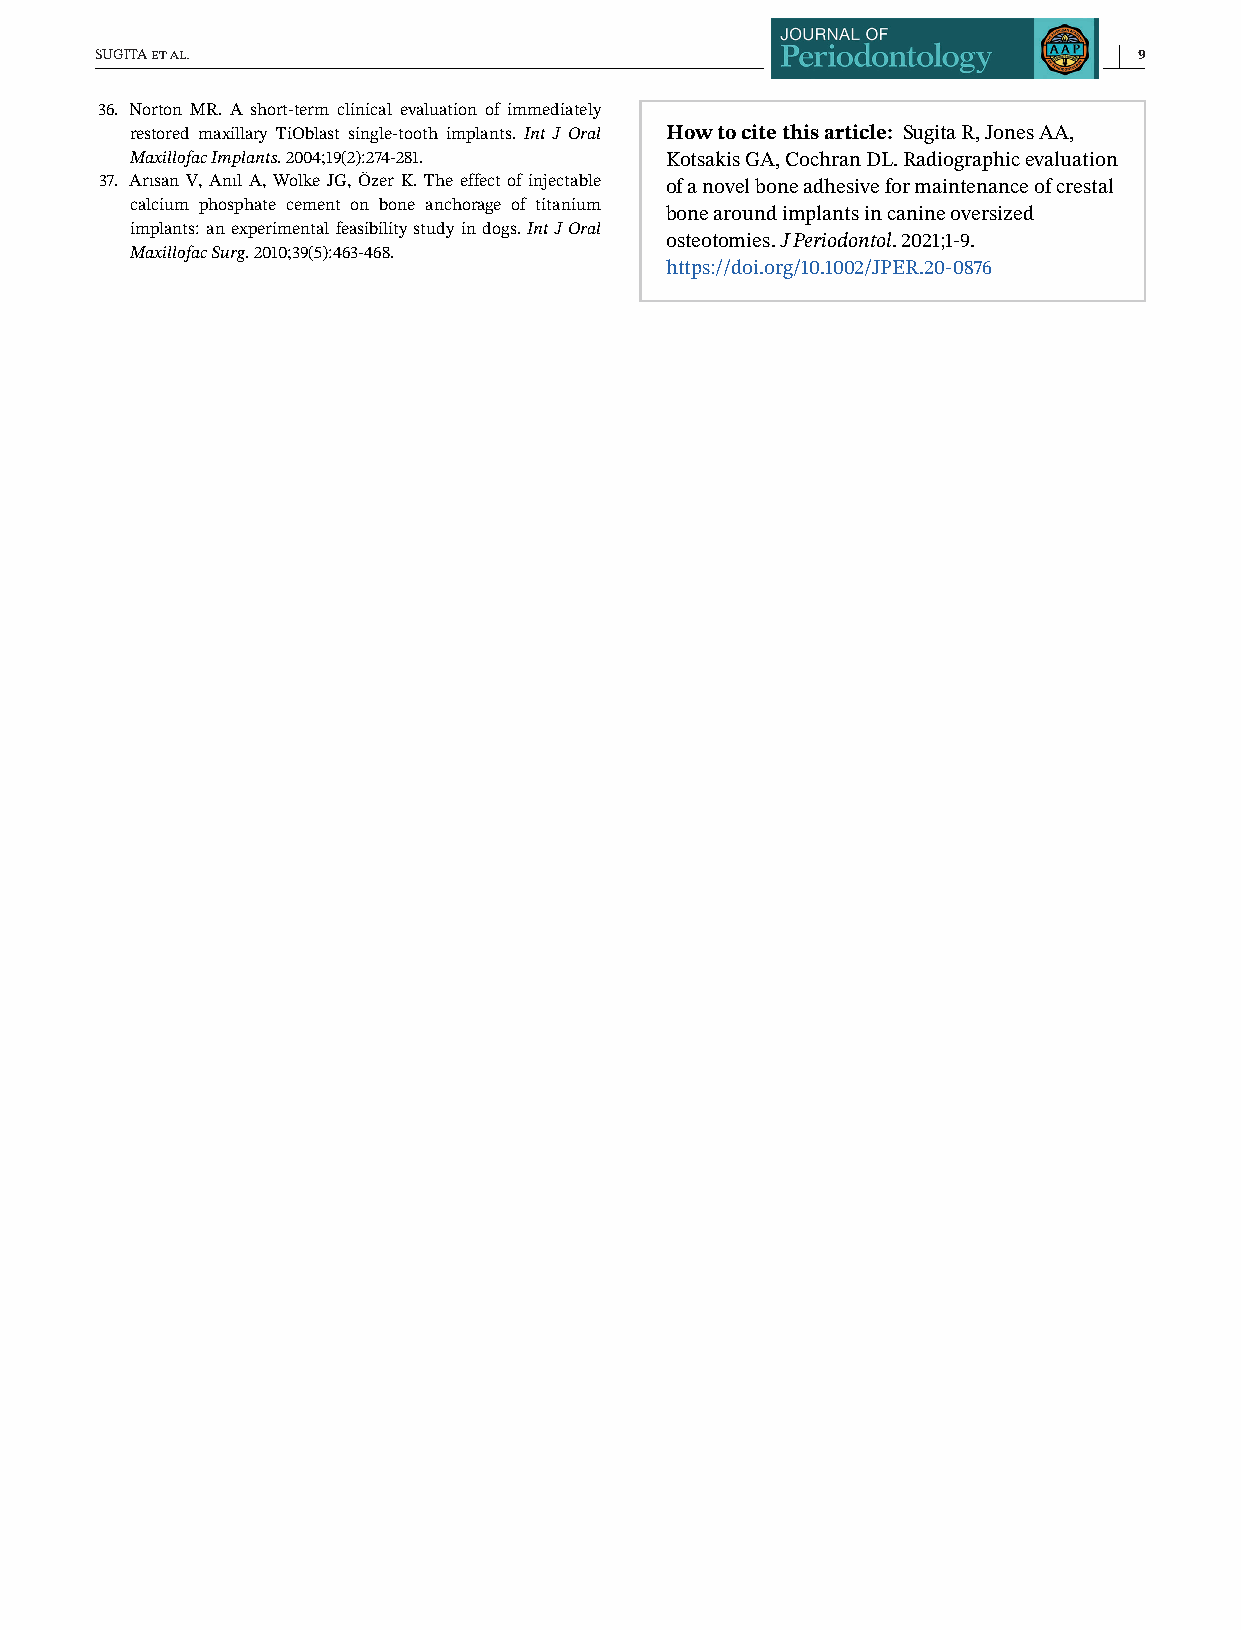
SUGITAetal.                                                          9
 36. Norton MR. A short-term clinical evaluation of immediately
 restored maxillary TiOblast single-tooth implants. Int J Oral Howtocitethisarticle: SugitaR,JonesAA,
 MaxillofacImplants.2004;19(2):274-281. KotsakisGA,CochranDL.Radiographicevaluation
 37. Arısan V, Anıl A, Wolke JG, Özer K. The effect of injectable ofanovelboneadhesiveformaintenanceofcrestal
 calcium phosphate cement on bone anchorage of titanium
 bonearoundimplantsincanineoversized
 implants: anexperimentalfeasibility study in dogs.IntJOral
 osteotomies.JPeriodontol.2021;1-9.
 MaxillofacSurg.2010;39(5):463-468.
 https://doi.org/10.1002/JPER.20-0876